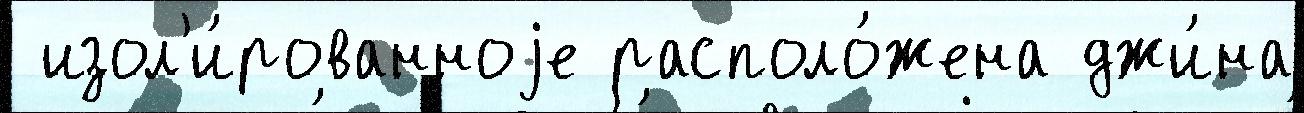
 изол'и́рованноjе располо́жена джи́на